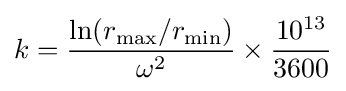
k={\frac {\ln(r_{\rm {max}}/r_{\rm {min}})}{\omega ^{2}}}\times {\frac {10^{13}}{3600}}